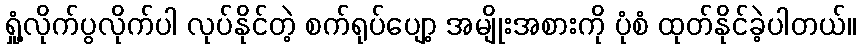
ရှုံ့လိုက်ပွလိုက်ပါ လုပ်နိုင်တဲ့ စက်ရုပ်ပျော့ အမျိုးအစားကို ပုံစံ ထုတ်နိုင်ခဲ့ပါတယ်။